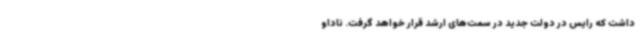
داشت که رایس در دولت جدید در سمت‌های ارشد قرار خواهد گرفت. ناداو